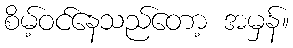
စိမ့်ဝင်နေသည်တော့ အမှန်။